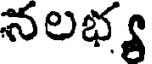
నలభ్య